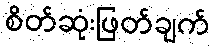
စိတ်ဆုံးဖြတ်ချက်